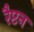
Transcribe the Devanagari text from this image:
रैप्टन